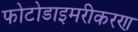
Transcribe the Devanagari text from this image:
फोटोडाइमरीकरण